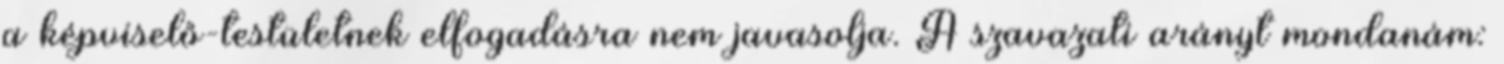
a képviselő-testületnek elfogadásra nem javasolja. A szavazati arányt mondanám: